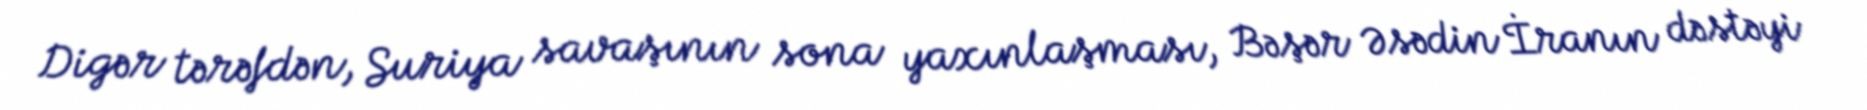
Digər tərəfdən, Suriya savaşının sona yaxınlaşması, Bəşər Əsədin İranın dəstəyi